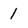
Character: 1